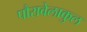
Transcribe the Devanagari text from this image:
पौरावेलाकुल